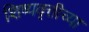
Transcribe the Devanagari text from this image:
शिष्यवृत्तीच्या